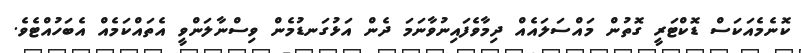
ކޮނެމެއަކަސް ޑޮކްޓަރީ ގޮތުން މައްސަލައެއް ދިމާވެފައިނުވާނަމަ ދެން އަޅުގަނޑުމެން ވިސްނާލަންވީ އެތައްކަމެއް އެބަހުއްޓެވެ.